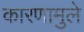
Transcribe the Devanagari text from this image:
कारणामुले